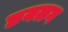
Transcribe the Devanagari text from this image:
छयलग